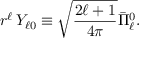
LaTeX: r ^ { \ell } \, Y _ { \ell 0 } \equiv { \sqrt { \frac { 2 \ell + 1 } { 4 \pi } } } { \bar { \Pi } } _ { \ell } ^ { 0 } .